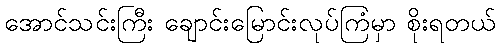
အောင်သင်းကြီး ချောင်းမြောင်းလုပ်ကြံမှာ စိုးရတယ်